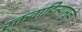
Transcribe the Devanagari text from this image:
रक्तवाहिन्यांमुळे